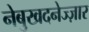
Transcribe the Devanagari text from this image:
नेबुखदनेज्ज़ार